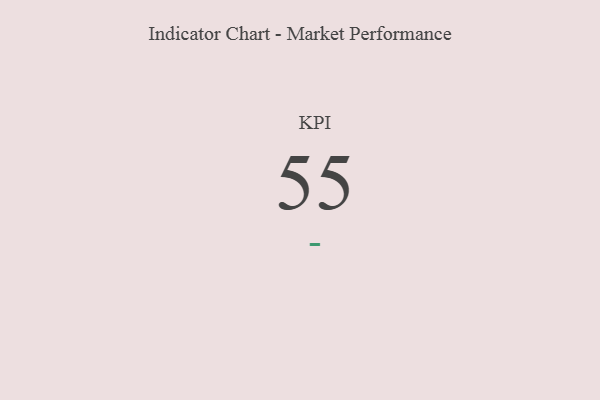
{"axis": {"x": "KPI", "y": "Value"}, "legend": [""], "data": [{"x": "KPI", "y": 55, "type": ""}]}